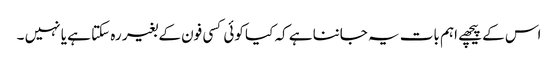
اس کے پیچھے اہم بات یہ جاننا ہے کہ کیا کوئی کسی فون کے بغیر رہ سکتا ہے یا نہیں ۔